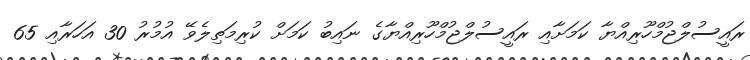
ރައީސުލްޖުމްހޫރިއްޔާ ކަމަށާއި ރައީސުލްޖުމްހޫރިއްޔާގެ ނައިބު ކަމަށް ކުރިމަތިލެވޭ އުމުރު 30 އަހަރާއި 65